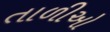
તાળીઓ